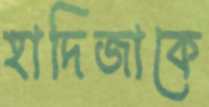
হাদিজাকে